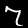
Label: 7